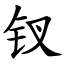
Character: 钗